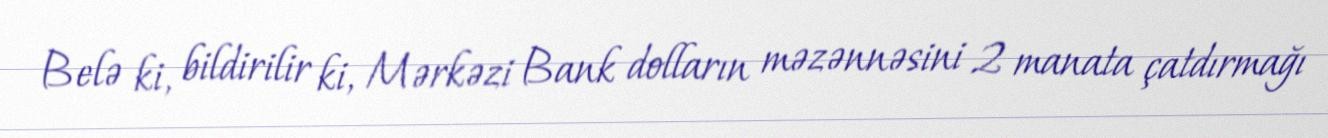
Belə ki, bildirilir ki, Mərkəzi Bank dolların məzənnəsini 2 manata çatdırmağı